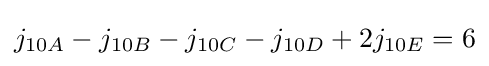
j_{10A}-j_{10B}-j_{10C}-j_{10D}+2j_{10E}=6